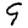
Digit: 9